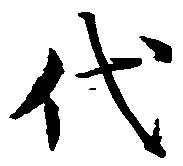
代